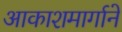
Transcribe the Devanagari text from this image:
आकाशमार्गाने